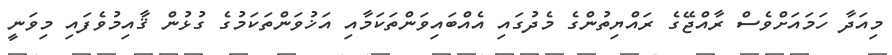
މިއަދާ ހަމައަށްވެސް ރާއްޖޭގެ ރައްޔިތުންގެ މެދުގައި އެއްބައިވަންތަކަމާއި އަޚުވަންތަކަމުގެ ގުޅުން ޤާއިމުވެފައި މިވަނީ